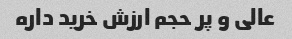
عالی و پر حجم ارزش خرید داره